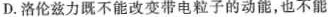
D.洛伦兹力既不能改变带电粒子的动能，也不能